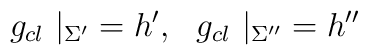
g  _{cl}~|_{\Sigma '}=h ' ,~~g  _{cl}~|_{\Sigma ''}=h ''